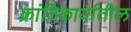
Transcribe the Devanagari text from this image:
क्रांतिकार्यातील